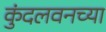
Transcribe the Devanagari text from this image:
कुंदलवनच्या